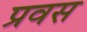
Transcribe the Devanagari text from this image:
प्रवस